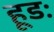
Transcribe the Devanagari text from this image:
हूडः